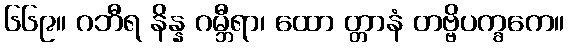
၆၆၉။ ဂဘီရ နိန္န ဂမ္ဘီရာ၊ ထော တ္တာနံ တဗ္ဗိပက္ခကေ။